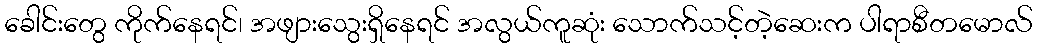
ခေါင်းတွေ ကိုက်နေရင်၊ အဖျားသွေးရှိနေရင် အလွယ်ကူဆုံး သောက်သင့်တဲ့ဆေးက ပါရာစီတမောလ်